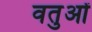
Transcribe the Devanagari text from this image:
वतुओं